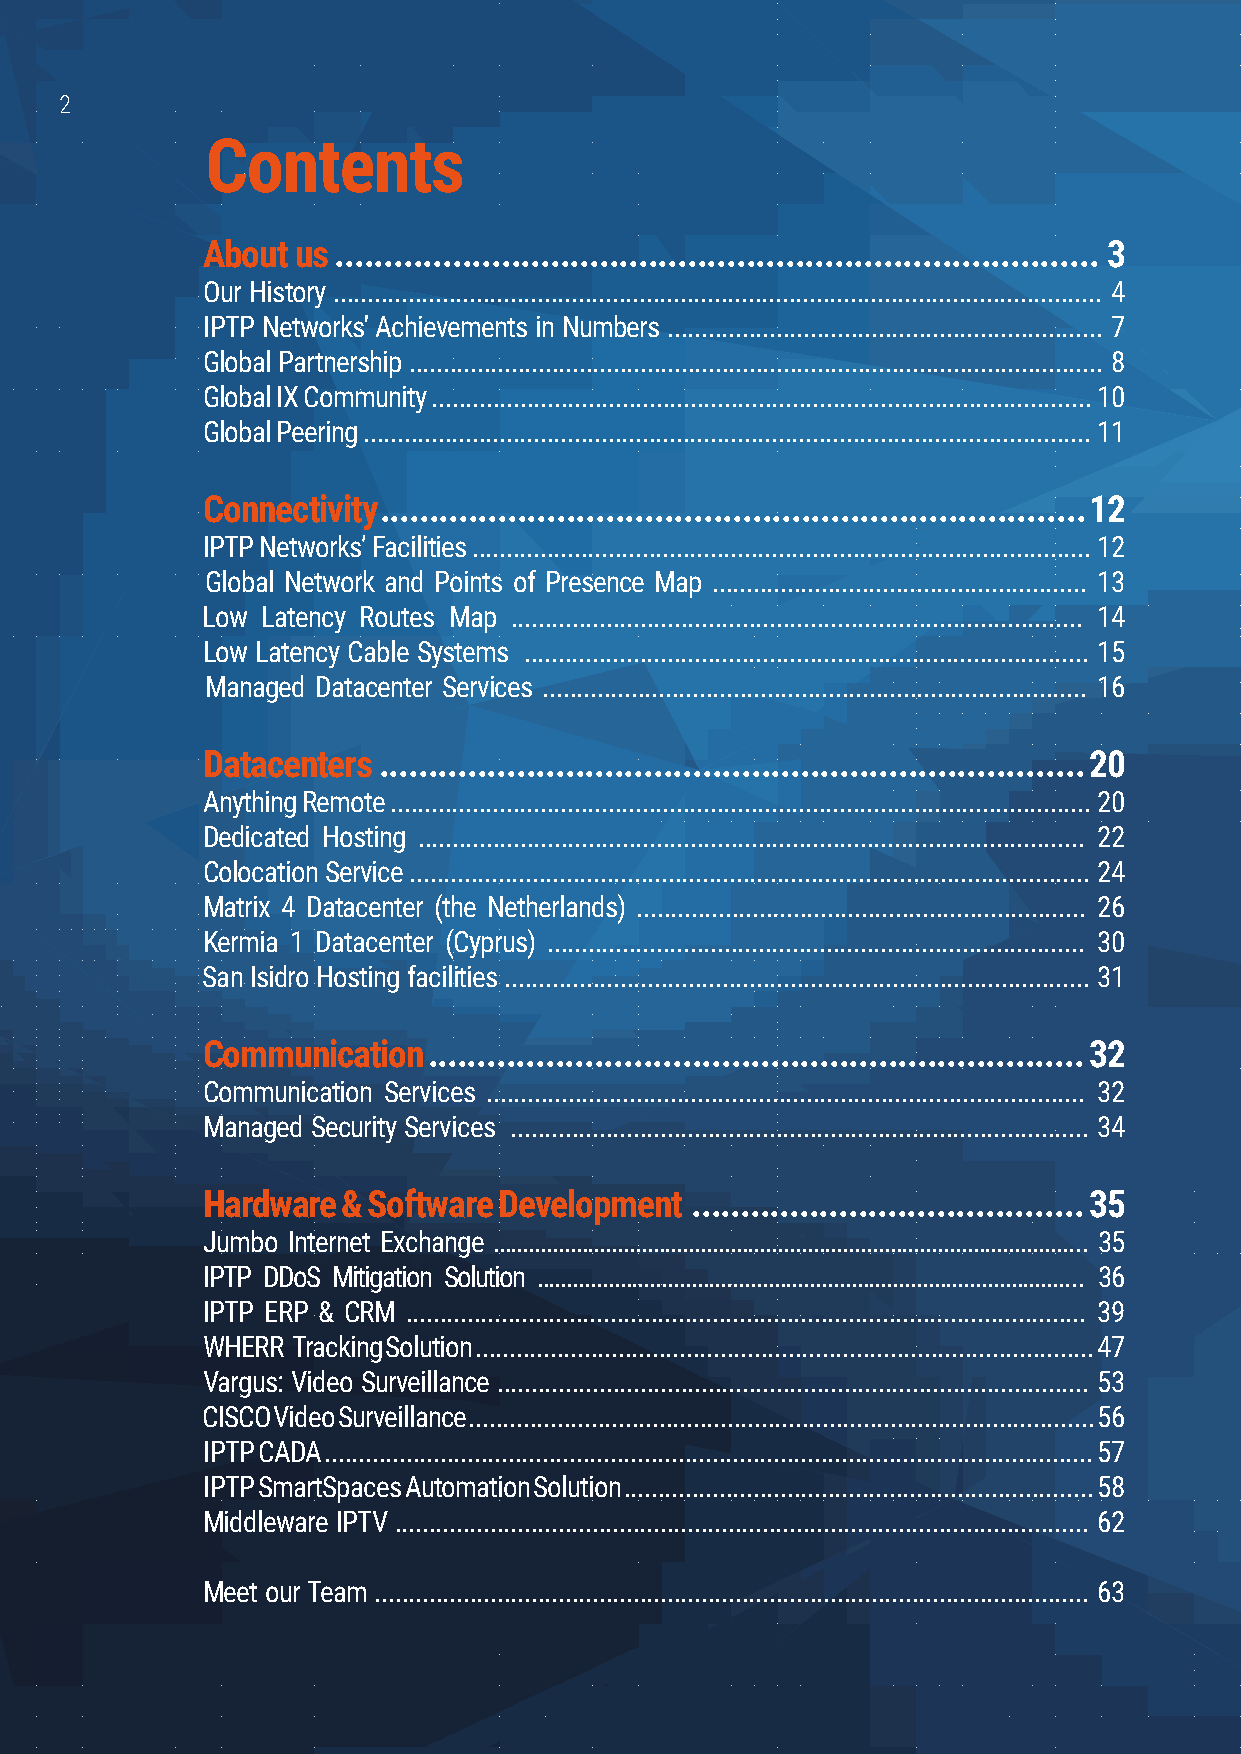
2
 Contents
 About us .............................................................................. 3
 Our History ................................................................................................................. 4
 IPTP Networks' Achievements in Numbers ................................................................ 7
 Global Partnership ...................................................................................................... 8
 Global IX Community ................................................................................................. 10
 Global Peering ........................................................................................................... 11
 Connectivity ........................................................................ 12
 IPTP Networks’ Facilities ........................................................................................... 12
 Global Network and Points of Presence Map ....................................................... 13
 Low Latency Routes Map .................................................................................... 14
 Low Latency Cable Systems ................................................................................... 15
 Managed Datacenter Services ................................................................................ 16
 Datacenters ........................................................................ 20
 Anything Remote ....................................................................................................... 20
 Dedicated Hosting .................................................................................................. 22
 Colocation Service .................................................................................................... 24
 Matrix 4 Datacenter (the Netherlands) .................................................................. 26
 Kermia 1 Datacenter (Cyprus) ............................................................................... 30
 San Isidro Hosting facilities ...................................................................................... 31
 Communication  ................................................................... 32
 Communication Services ........................................................................................ 32
 Managed Security Services ..................................................................................... 34
 Hardware  & Software Development ........................................ 35
 Jumbo Internet Exchange .................................................................................................... 35
 IPTP DDoS Mitigation Solution ............................................................................................ 36
 IPTP ERP & CRM .................................................................................................... 39
 WHERR Tracking Solution ........................................................................................... 47
 Vargus: Video Surveillance ....................................................................................... 53
 CISCO Video Surveillance ............................................................................................ 56
 IPTP CADA ................................................................................................................. 57
 IPTP SmartSpaces Automation Solution ..................................................................... 58
 Middleware IPTV ...................................................................................................... 62
 Meet our Team ......................................................................................................... 63
 www.iptp.com